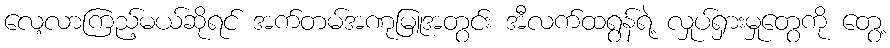
လေ့လာကြည့်မယ်ဆိုရင် အက်တမ်အဏုမြူအတွင်း အီလက်ထရွန်ရဲ့ လှုပ်ရှားမှုတွေကို တွေ့